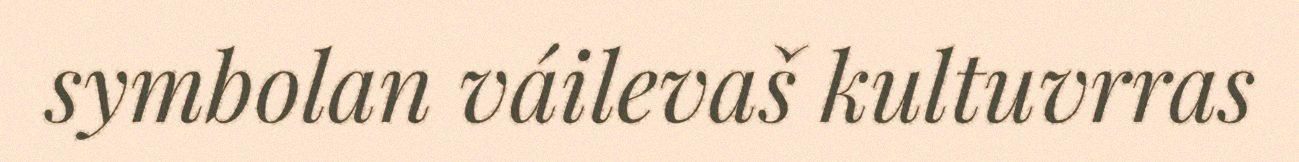
symbolan váilevaš kultuvrras